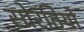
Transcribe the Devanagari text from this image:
सोरठियो